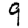
Digit: 9